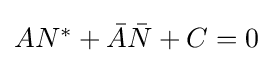
{\textstyle AN^{\ast }+{\bar {A}}{\bar {N}}+C=0}